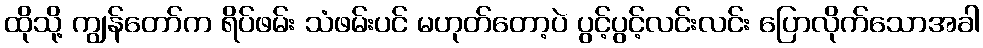
ထိုသို့ ကျွန်တော်က ရိပ်ဖမ်း သံဖမ်းပင် မဟုတ်တော့ပဲ ပွင့်ပွင့်လင်းလင်း ပြောလိုက်သောအခါ